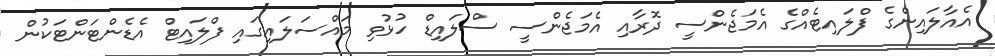
އެއާލައިންގެ ފްލައިޓެއްގެ އެމަޖެންސީ ދޮރާއި އެމަޖެންސީ ސްލައިޑް ހުޅުވި މައްސަލައިގައި ފްލައިޓް އެޑެންޓަންޓަކުން